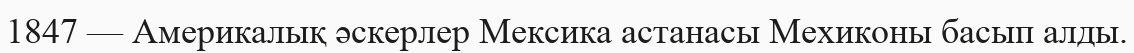
1847 — Америкалық әскерлер Мексика астанасы Мехиконы басып алды.